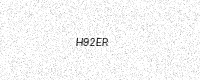
Text: H92ER